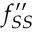
f _ { S S } ^ { \prime \prime }